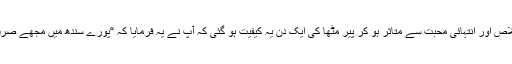
سوہنا سائیںؒ کے صدق ،اخلاص اور انتہائی محبت سے متاثر ہو کر پیر مٹھاؒ کی ایک دن یہ کیفیت ہو گئی کہ آپ نے یہ فرمایا کہ “پورے سندھ میں مجھے صرف ایک یہی جوان ملا ہے”۔